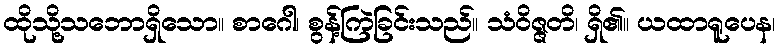
ထိုသို့သဘောရှိသော။ စာဂေါ၊ စွန့်ကြဲခြင်းသည်။ သံဝိဇ္ဇတိ၊ ရှိ၏။ ယထာရူပေန၊